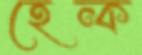
হেন্ক